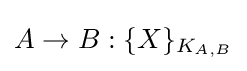
A\rightarrow B:\{X\}_{K_{A,B}}